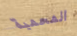
المحمية